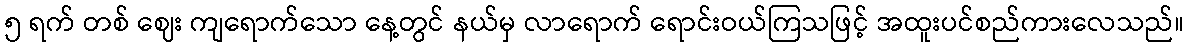
၅ ရက် တစ် ဈေး ကျရောက်သော နေ့တွင် နယ်မှ လာရောက် ရောင်းဝယ်ကြသဖြင့် အထူးပင်စည်ကားလေသည်။